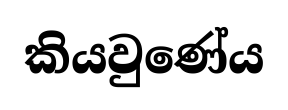
කියවුණේය